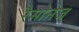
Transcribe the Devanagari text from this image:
रैमोनेज